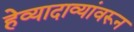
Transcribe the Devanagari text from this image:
हेव्यादाव्यांवरून